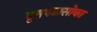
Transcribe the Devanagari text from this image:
वृत्तपत्रासोबत